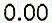
0.00